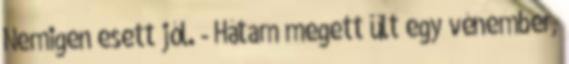
Nemigen esett jól. - Hátam megett ült egy vénember,